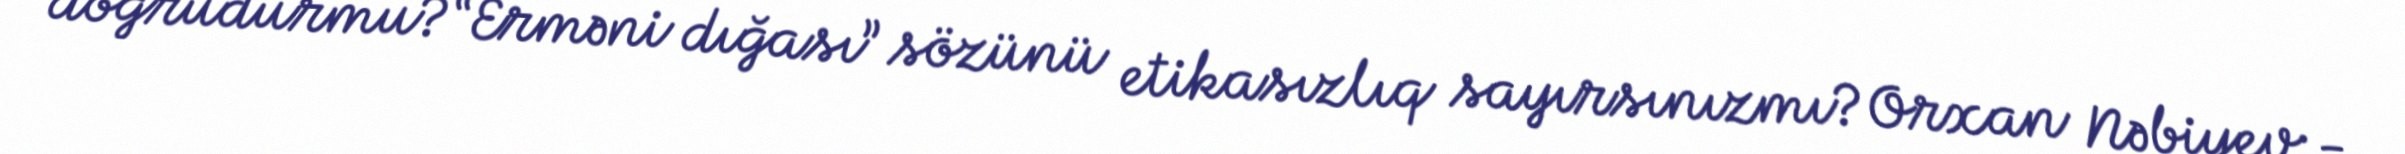
doğrudurmu?“Erməni dığası” sözünü etikasızlıq sayırsınızmı?Orxan Nəbiyev:-